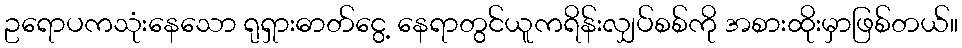
ဥရောပကသုံးနေသော ရုရှားဓာတ်ငွေ့ နေရာတွင်ယူကရိန်းလျှပ်စစ်ကို အစားထိုးမှာဖြစ်တယ်။